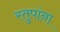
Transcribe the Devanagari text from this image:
स्तुपांना